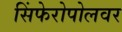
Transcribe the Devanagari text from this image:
सिंफेरोपोलवर